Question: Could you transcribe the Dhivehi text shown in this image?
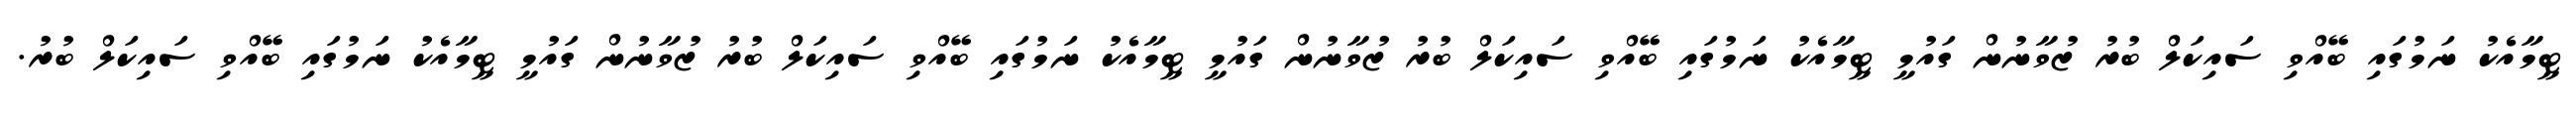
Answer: ޓީމާއެކު ނަމުގައި ބޭއްވި ސައިކަލް ބުރު ޒުވާނުން ގައުމީ ޓީމާއެކު ނަމުގައި ބޭއްވި ސައިކަލް ބުރު ޒުވާނުން ގައުމީ ޓީމާއެކު ނަމުގައި ބޭއްވި ސައިކަލް ބުރު ޒުވާނުން ގައުމީ ޓީމާއެކު ނަމުގައި ބޭއްވި ސައިކަލް ބުރު.